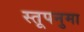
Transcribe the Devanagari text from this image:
स्तूपनुमा